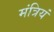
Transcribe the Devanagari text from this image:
मंत्रियं